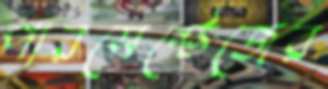
পারসেন্টেজের